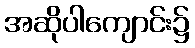
အဆိုပါကျောင်း၌